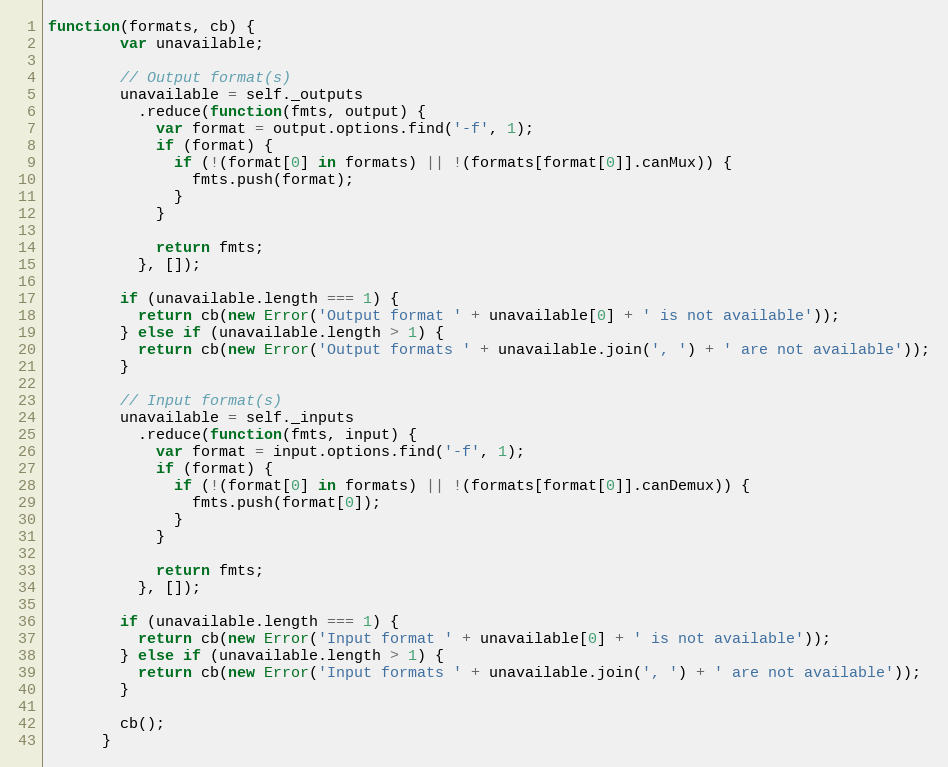
Language: JavaScript
function(formats, cb) {
        var unavailable;

        // Output format(s)
        unavailable = self._outputs
          .reduce(function(fmts, output) {
            var format = output.options.find('-f', 1);
            if (format) {
              if (!(format[0] in formats) || !(formats[format[0]].canMux)) {
                fmts.push(format);
              }
            }

            return fmts;
          }, []);

        if (unavailable.length === 1) {
          return cb(new Error('Output format ' + unavailable[0] + ' is not available'));
        } else if (unavailable.length > 1) {
          return cb(new Error('Output formats ' + unavailable.join(', ') + ' are not available'));
        }

        // Input format(s)
        unavailable = self._inputs
          .reduce(function(fmts, input) {
            var format = input.options.find('-f', 1);
            if (format) {
              if (!(format[0] in formats) || !(formats[format[0]].canDemux)) {
                fmts.push(format[0]);
              }
            }

            return fmts;
          }, []);

        if (unavailable.length === 1) {
          return cb(new Error('Input format ' + unavailable[0] + ' is not available'));
        } else if (unavailable.length > 1) {
          return cb(new Error('Input formats ' + unavailable.join(', ') + ' are not available'));
        }

        cb();
      }